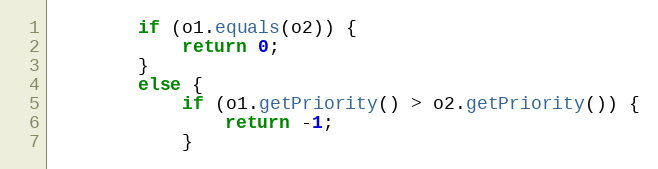
Language: Java
		if (o1.equals(o2)) {
			return 0;
		}
		else {
			if (o1.getPriority() > o2.getPriority()) {
				return -1;
			}